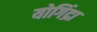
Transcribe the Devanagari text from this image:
योगिंद्रा